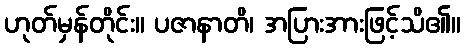
ဟုတ်မှန်တိုင်း။ ပဇာနာတိ၊ အပြားအားဖြင့်သိ၏။